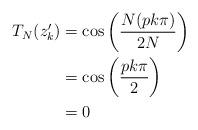
LaTeX: \begin{align*}T_{N}(z'_k)&=\cos\left(\frac{N(p k\pi)}{2N}\right)\\&=\cos\left(\frac{p k\pi}{2}\right)\\&=0 \end{align*}